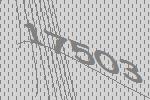
17503